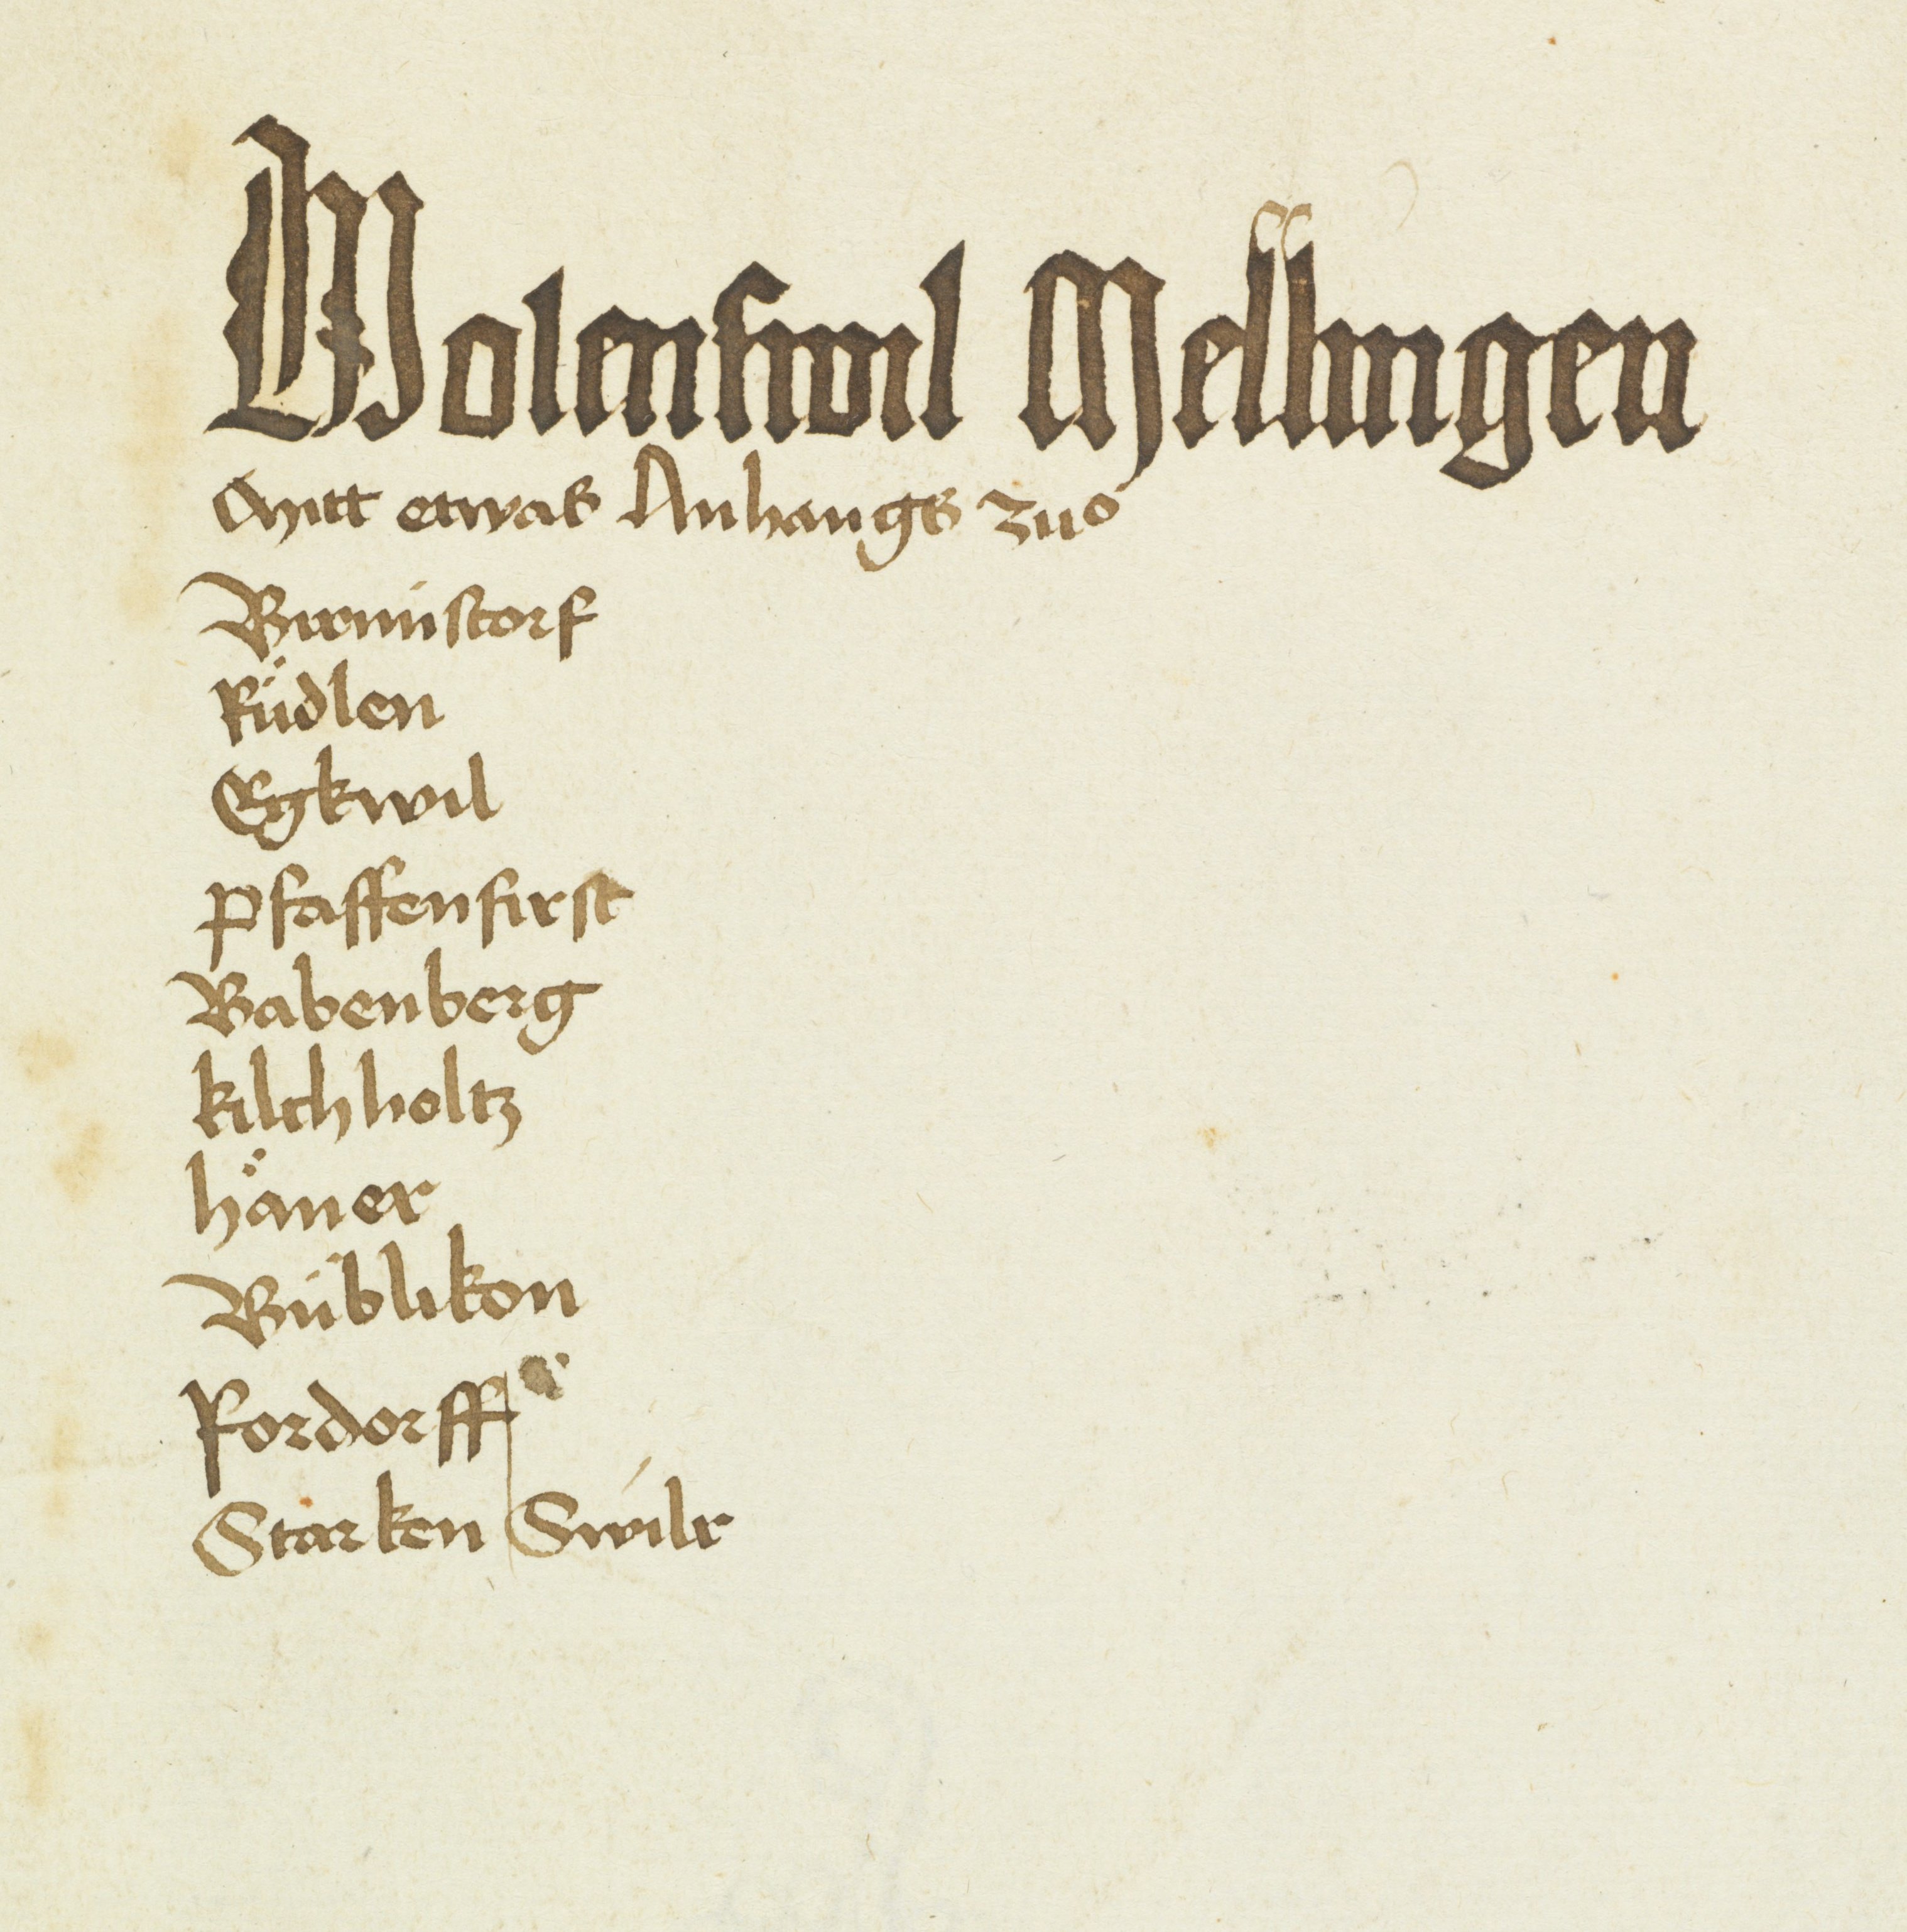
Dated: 1480–1528